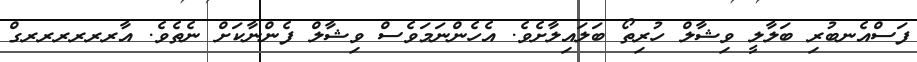
ފަސްއެނބުރި ބަލާލީ ވިޝާލް ހުރިތޯ ބަލައިލާށެވެ. އެހެންނަމަވެސް ވިޝާލް ފެންނާކަށް ނެތެވެ. އާރރރރރރގް